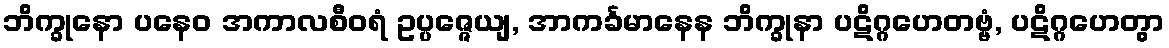
ဘိက္ခုနော ပနေဝ အကာလစီဝရံ ဥပ္ပဇ္ဇေယျ, အာကင်္ခမာနေန ဘိက္ခုနာ ပဋိဂ္ဂဟေတဗ္ဗံ, ပဋိဂ္ဂဟေတွာ